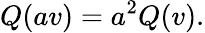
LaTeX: Q(av)=a^{2}Q(v).